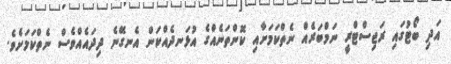
އަދި ބޯޓުގައި ރަޖިސްޓްރީ ނަމްބަރެއް ނެތްކަމަށާއި ކޮންތަނެއްގެ އުޅަނދެއްކަން އެނގޭނެ ދިދައެއްވެސް ނެތްކަމަށެވެ.